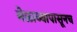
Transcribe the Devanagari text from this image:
मेळाव्यापासूनच